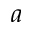
a